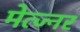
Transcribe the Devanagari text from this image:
मेत्ज्नर